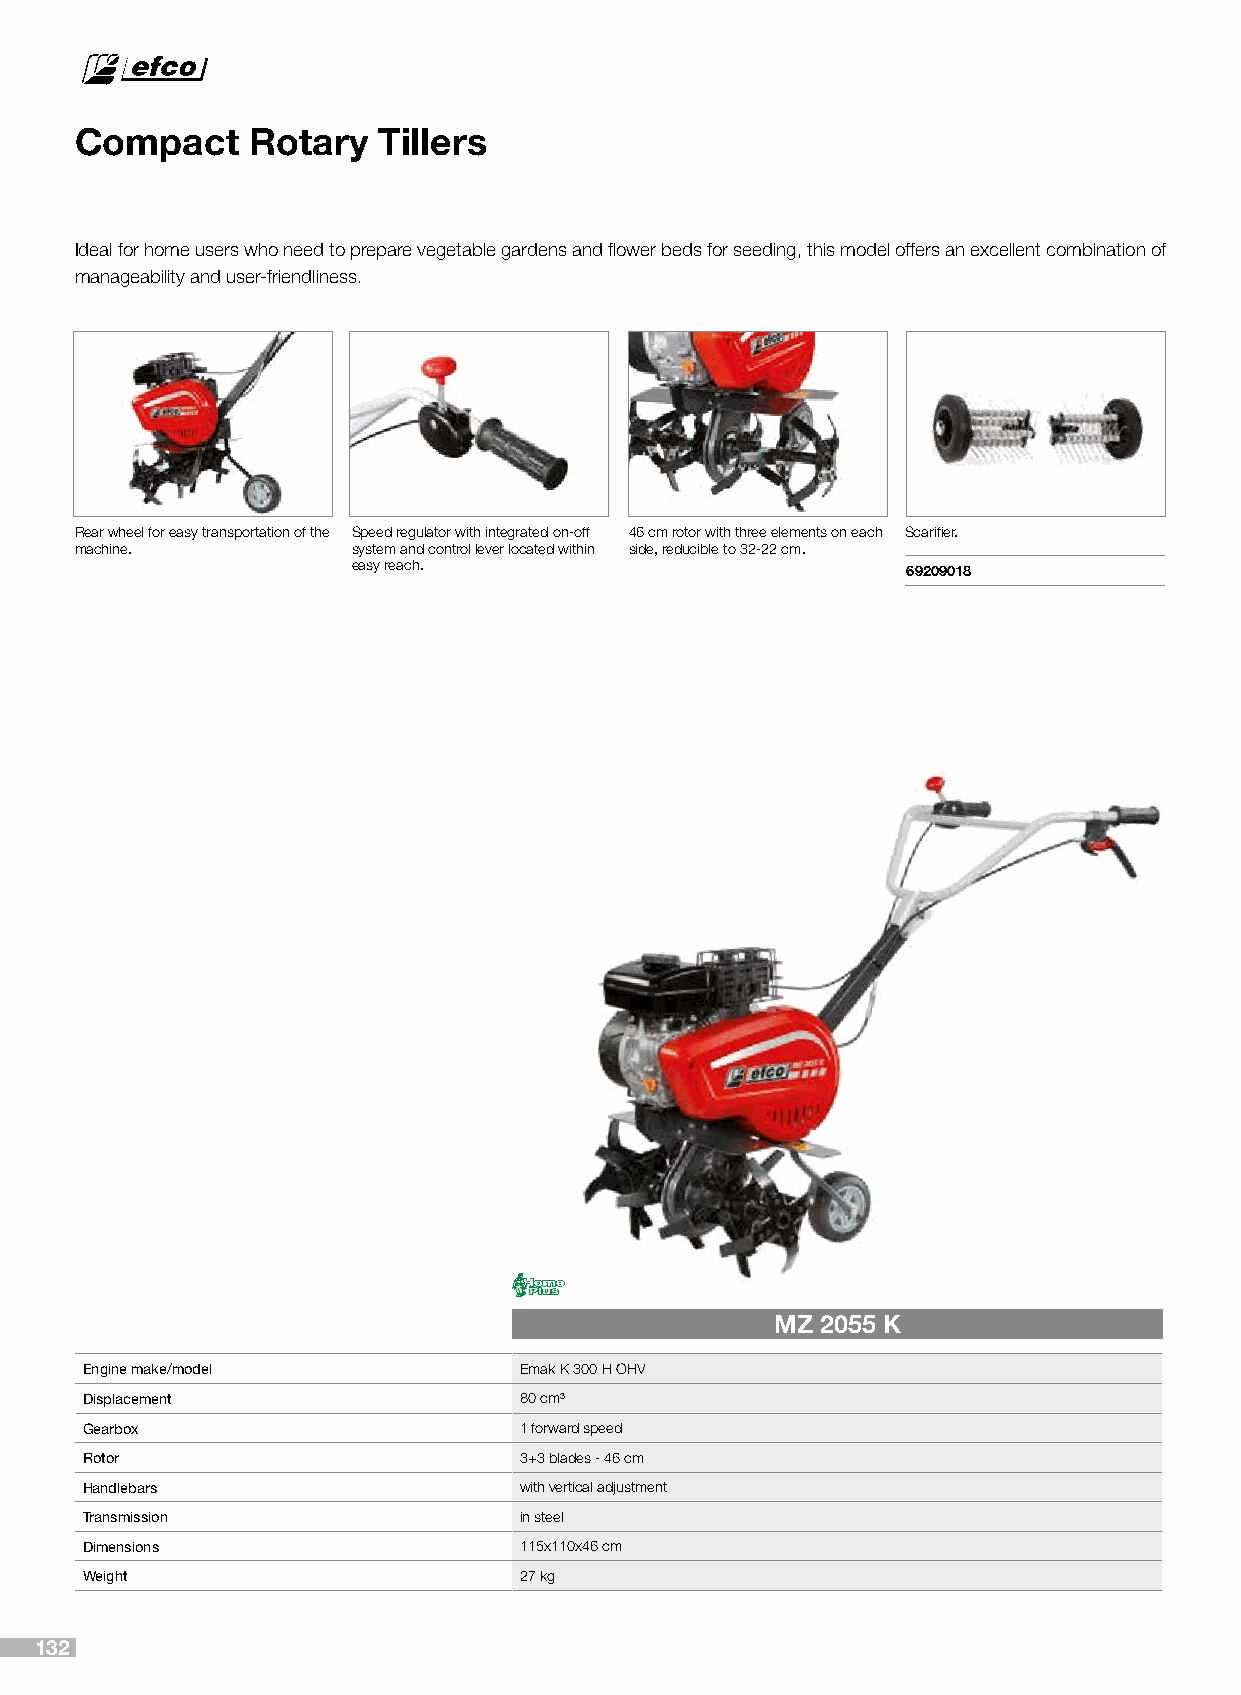
Compact     Rotary  Tillers
 Ideal for home users who need to prepare vegetable gardens and flower beds for seeding, this model offers an excellent combination of
 manageability and user-friendliness.
 Rear wheel for easy transportation of the Speed regulator with integrated on-off 46 cm rotor with three elements on each Scarifier.
 machine.          system and control lever located within side, reducible to 32-22 cm.
 easy reach.                          69209018
 MZ 2055 K
 Engine make/model            Emak K 300 H OHV
 Displacement                 80 cm³
 Gearbox                      1 forward speed
 Rotor                        3+3 blades - 46 cm
 Handlebars                   with vertical adjustment
 Transmission                 in steel
 Dimensions                   115x110x46 cm
 Weight                       27 kg
 132